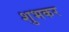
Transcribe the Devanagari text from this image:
शुभकर